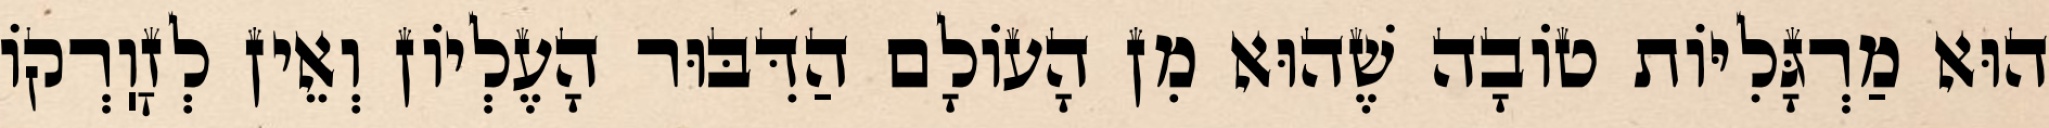
הוּא מַרְגָּלִיּוֹת טוֹבָה שֶׁהוּא מִן הָעוֹלָם הַדִּבּוּר הָעֶלְיוֹן וְאֵין לְזׇוֽרְקוֹ